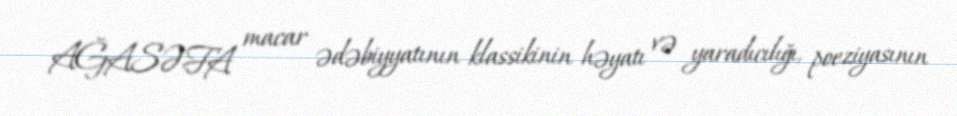
AĞASƏFA macar ədəbiyyatının klassikinin həyatı və yaradıcılığı, poeziyasının